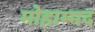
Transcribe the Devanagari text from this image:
मोहाम्मद